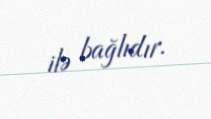
ilə bağlıdır.